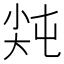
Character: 𡭻